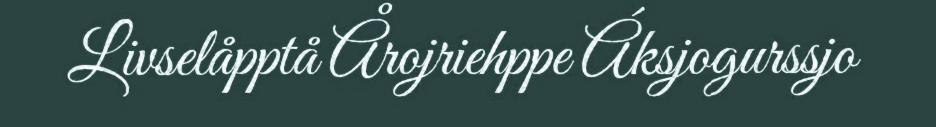
Livselåpptå Årojriehppe Áksjogurssjo